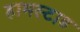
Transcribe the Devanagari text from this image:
हामस्टाड